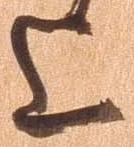
上